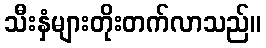
သီးနှံများတိုးတက်လာသည်။